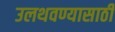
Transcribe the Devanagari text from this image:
उलथवण्यासाठी